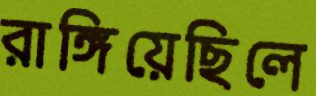
রাঙ্গিয়েছিলে